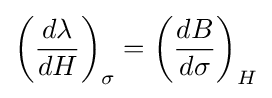
\left({\frac {d\lambda }{dH}}\right)_{\sigma }=\left({\frac {dB}{d\sigma }}\right)_{H}